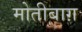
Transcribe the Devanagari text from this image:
मोतीबाग़